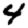
Digit: 4